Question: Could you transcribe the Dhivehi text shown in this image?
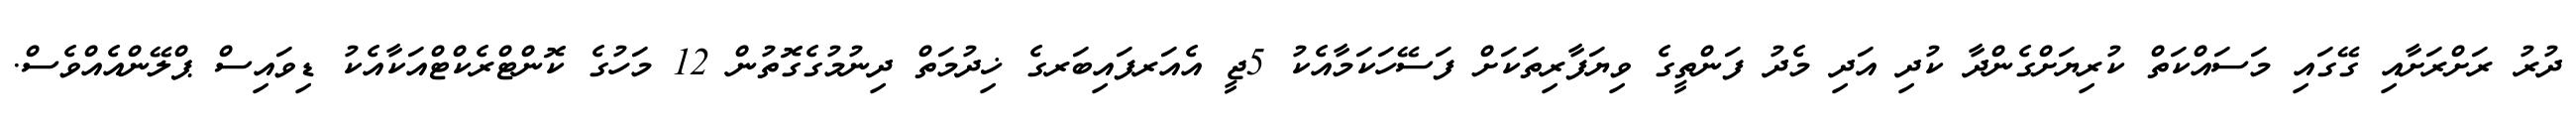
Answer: ދުރު ރަށްރަށާއި ގޭގައި މަސައްކަތް ކުރިޔަށްގެންދާ ކުދި އަދި މެދު ފަންތީގެ ވިޔަފާރިތަކަށް ފަސޭހަކަމާއެކު 5ޖީ އެއަރފައިބަރގެ ޚިދުމަތް ދިނުމުގެގޮތުން 12 މަހުގެ ކޮންޓްރެކްޓްއަކާއެކު ޑިވައިސް ޕްލޭންއެއްވެސް.